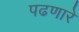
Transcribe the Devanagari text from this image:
पढणारे